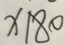
x \vert 8 0